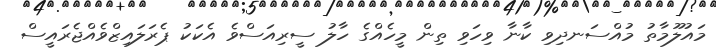
މައުލޫމާތު މުއްސަނދިވި ކާނާ ވިހަވި ތިން މީހެއްގެ ހާލު ސީރިއަސްވެ އެކަކު ޕެރަލައިޒްވެއްޖެރައީސް